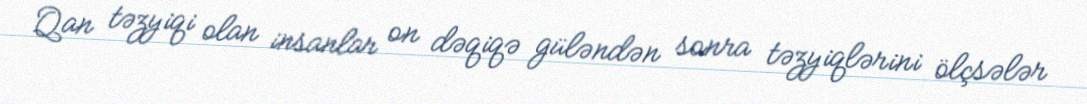
Qan təzyiqi olan insanlar on dəqiqə güləndən sonra təzyiqlərini ölçsələr